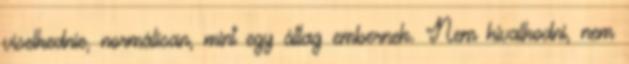
viselkednie, normálisan, mint egy átlag embernek. Nem hivalkodni, nem